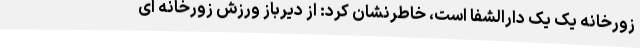
زورخانه یک یک دارالشفا است، خاطرنشان کرد: از دیرباز ورزش زورخانه ای